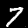
Label: 7